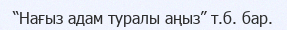
“Нағыз адам туралы аңыз” т.б. бар.